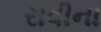
રાવીના